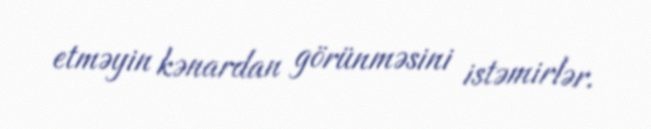
etməyin kənardan görünməsini istəmirlər.